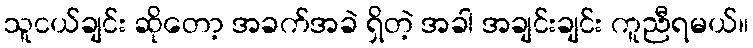
သူငယ်ချင်း ဆိုတော့ အခက်အခဲ ရှိတဲ့ အခါ အချင်းချင်း ကူညီရမယ်။